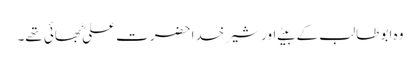
وہ ابو طالب کے بیٹے اور شیر خدا حضرت علیؓ بھائی تھے۔